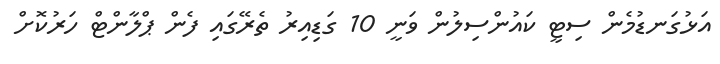
އަޅުގަނޑުމެން ސިޓީ ކައުންސިލުން ވަނީ 10 ގަޑިއިރު ތެރޭގައި ފެން ޕްލާންޓް ހަރުކޮށް